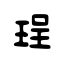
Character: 珵